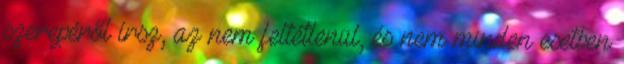
szerepéről írsz, az nem feltétlenül, és nem minden esetben